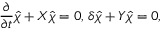
\frac { \partial } { \partial t } \hat { \chi } + X \hat { \chi } = 0 , \, \delta \hat { \chi } + Y \hat { \chi } = 0 ,